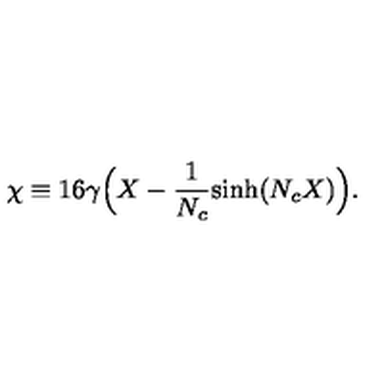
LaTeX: \chi \equiv 1 6 \gamma \Big ( X - { \frac { 1 } { N _ { c } } } \mathrm { s i n h } ( N _ { c } X ) \Big ) .